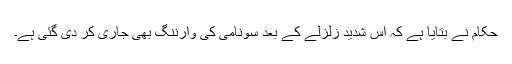
حکام نے بتایا ہے کہ اس شدید زلزلے کے بعد سونامی کی وارننگ بھی جاری کر دی گئی ہے۔